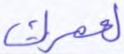
لعمرك